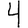
Digit: 4